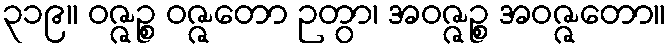
၃၁၉။ ဝဇ္ဇဉ္စ ဝဇ္ဇတော ဉတွာ၊ အဝဇ္ဇဉ္စ အဝဇ္ဇတော။